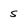
Character: s